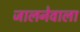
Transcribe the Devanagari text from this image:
जालनेवाला